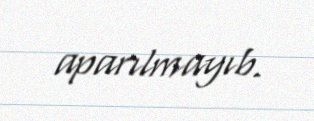
aparılmayıb.